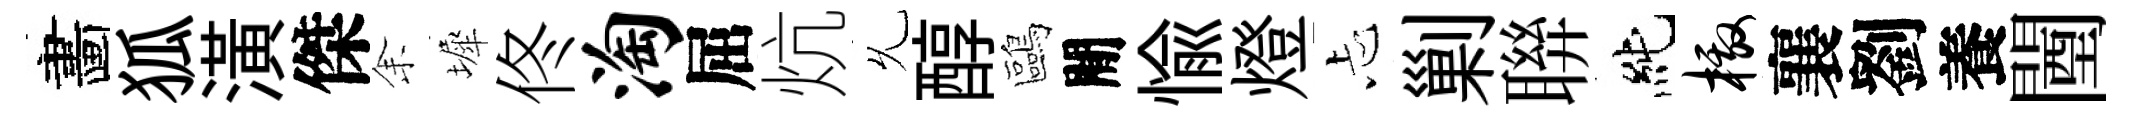
畵狐潢傑𪜬墀佟淘屈炕𠃔醇鷗閒愉燈忐剿聨純檄襄劉養闉